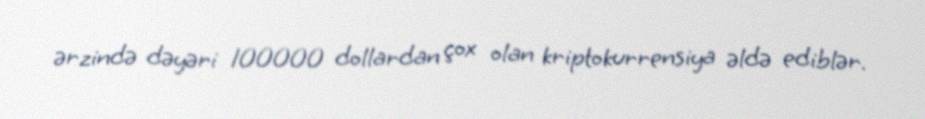
ərzində dəyəri 100000 dollardan çox olan kriptokurrensiya əldə ediblər.